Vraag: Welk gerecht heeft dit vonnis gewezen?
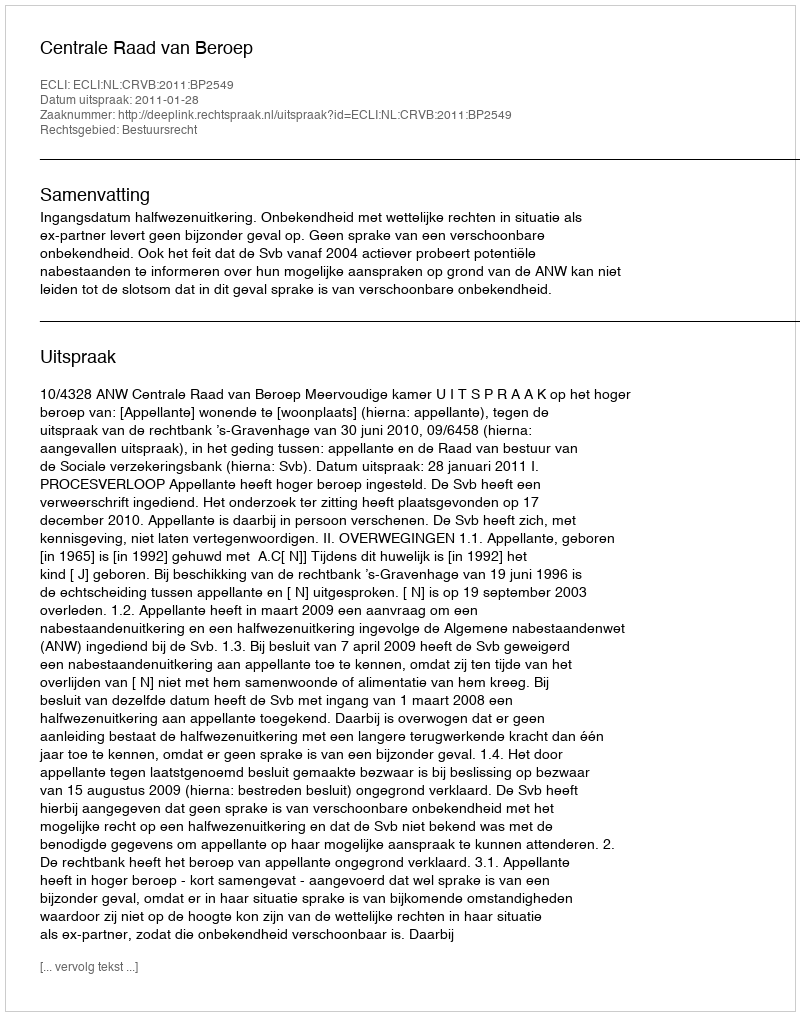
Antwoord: Centrale Raad van Beroep